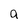
Character: a